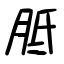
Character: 胝